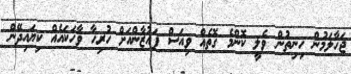
ޖަހާލަމުން ހިނިތުން ވެލީ ކޮންމެ ގޮތެއް ވިއަސް ފައުޒާންއަށް ހުރިހާ ވާހަކައެއް ކިޔައިދޭން